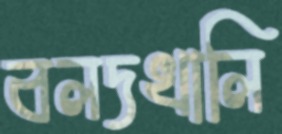
বলদখালি